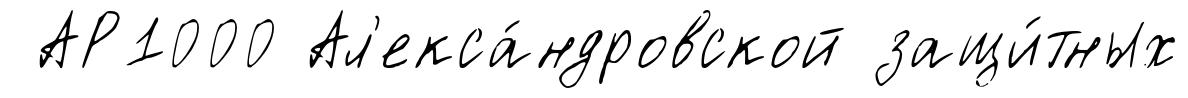
АР1000 Ал'екса́ндровской защи́тных